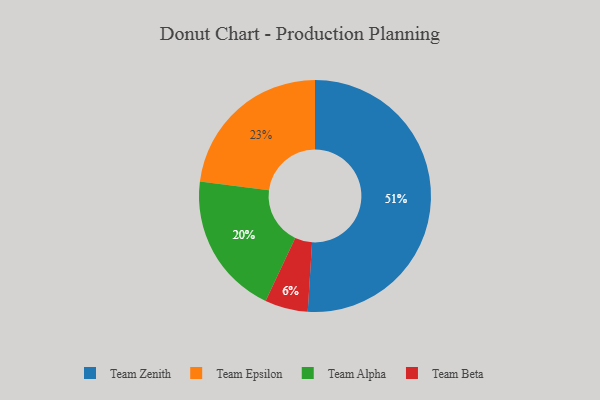
{"axis": {"x": "Category", "y": "Percentage"}, "legend": ["Team Alpha", "Team Beta", "Team Epsilon", "Team Zenith"], "data": [{"x": "Team Zenith", "y": 51, "type": "Team Zenith"}, {"x": "Team Alpha", "y": 20, "type": "Team Alpha"}, {"x": "Team Epsilon", "y": 23, "type": "Team Epsilon"}, {"x": "Team Beta", "y": 6, "type": "Team Beta"}]}